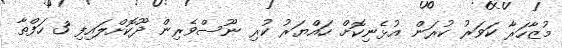
މުޒާހަރާ ކަވަރު ކުރަން އުޅެނިކޮށް ހައްޔަރު ކުރި ނޫސްވެރިން ދޫކޮށްލައިފި 3 ހަފްތާ